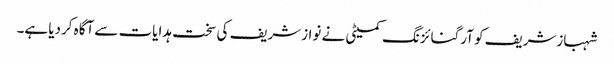
شہبازشریف کو آرگنائزنگ کمیٹی نے نوازشریف کی سخت ہدایات سے آگاہ کردیا ہے۔